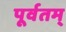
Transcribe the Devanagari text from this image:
पूर्वतम्